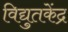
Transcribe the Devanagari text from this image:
विद्युतकेंद्र